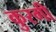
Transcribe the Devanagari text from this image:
कुरगी